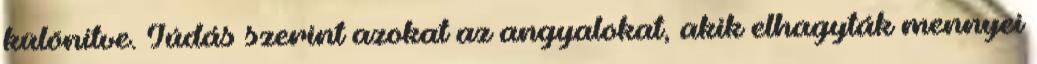
különítve. Júdás szerint azokat az angyalokat, akik elhagyták mennyei